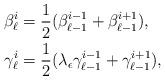
LaTeX: \begin{align*}\beta _{\ell}^{i}& =\frac{1}{2}(\beta _{\ell-1}^{i-1}+\beta _{\ell-1}^{i+1}),\\\gamma _{\ell}^{i}& =\frac{1}{2}(\lambda _{\epsilon}\gamma_{\ell-1}^{i-1}+\gamma _{\ell-1}^{i+1}),\end{align*}